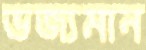
ভজ্যমান